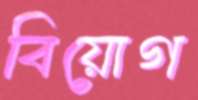
বিয়োগ